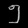
Digit: ၅